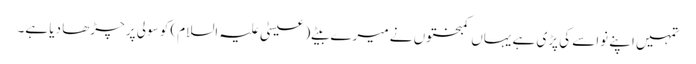
تمہیں اپنے نواسے کی پڑی ہے یہاں کمبختوں نے میرے بیٹے (عیسیٰ علیہ السلام) کو سولی پر چڑھا دیا ہے۔